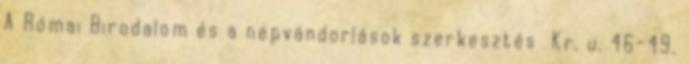
A Római Birodalom és a népvándorlások szerkesztés Kr. u. 46-49.